Rangoon Lunatic Asylum 1898-1906 - 1898-1906
Year: 1898
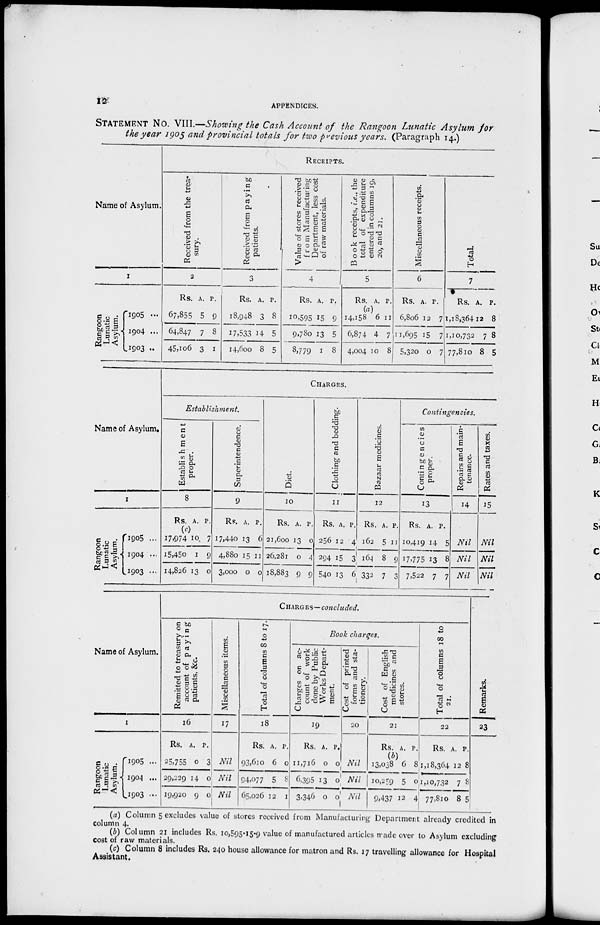
12
APPENDICES.
STATEMENT NO. VIII.—Showing the Cash Account of the Rangoon Lunatic Asylum for
the year 1905 and provincial totals for two previous years. (Paragraph 14.)
Name of Asylum.
1
Rangoon
Lunatic
Asylum.
1905 ...
1904 ...
1903 ...
RECEIPTS.
Received from the trea-
sury.
2
Rs.
67,855
64,847
45,106
A.
5
7
3
P.
9
8
1
Received from paying
patients.
3
Rs.
18,948
17,533
14,600
A.
3
14
8
P.
8
5
5
Value of stores received
from Manufacturing
Department, less cost
of raw materials.
4
Rs.
10,595
9,780
8,779
A.
15
13
1
P.
9
5
8
Book receipts, i.e., the
total of expenditure
entered in columns 19,
20, and 21.
5
Rs.
14,158
6,874
4,004
A.
6
4
10
P.
11
7
8
Miscellaneous receipts.
6
Rs.
6,806
11,695
5,320
A.
12
15
0
P.
7
7
7
Total.
7
Rs.
1,18,364
11,10,732
77,810
A.
12
7
8
P.
8
8
5
Name of Asylum.
1
Rongoon
Lunatic
Asylum.
1905 ...
1904 ...
1903 ...
CHARGES.
Establishment.
Establishment
proper.
8
Rs.
(c)
17,974
15,450
14,826
A.
10
1
13
P.
7
9
0
Superintendence.
9
Rs.
17,440
4,880
3,000
A.
13
15
0
P.
6
11
0
Diet.
10
Rs.
21 ,600
26,281
18,883
A.
13
0
9
P.
0
4
9
Clothing and bedding.
11
Rs.
256
294
540
A.
12
15
13
P.
4
3
6
Bazaar medicines.
12
Rs.
162
164
332
A.
5
8
7
P.
11
9
3
Contingencies.
Contingencies
proper.
13
Rs.
10,419
17,775
7,522
A.
14
13
7
P.
5
8
7
Repairs and main-
tenance.
14
Nil
Nil
Nil
Rates and taxes.
15
Nil
Nil
Nil
Name of Asylum.
1
Rangoon
Lunatic
Asylum.
1905 ...
1904 ...
1903 ...
CHARGES—concluded.
Remitted to treasury on
account of paying
patients, &c.
16
Rs.
25,755
29,229
19,920
A.
0
14
9
P.
3
0
0
Miscellaneous items.
17
Nil
Nil
Nil
Total of columns 8 to 17.
18
Rs.
93,610
94,077
65,026
A.
6
5
12
P.
0
8
1
Book charges.
Charges on ac-
count of work
done by Public
Works Depart-
ment.
19
Rs.
11,716
6,395
3,346
A.
0
13
0
P.
0
0
0
Cost of printed
forms and sta-
tionery.
20
Nil
Nil
Nil
Cost of English
medicines and
stores.
21
Rs.
(b)
13,038
10,259
9,437
A.
6
5
12
P.
8
0
4
Total of columns 18 to
21.
22
Rs.
1,18,364
1,10,732
77,810
A.
12
7
8
P.
8
8
5
Remarks.
23
(a) Column 5 excludes value of stores received from Manufacturing Department already credited in
column 4.
(b) Column 21 includes Rs. 10,595-15-9 value of manufactured articles trade over to Asylum excluding
cost of raw materials.
(c) Column 8 includes Rs. 240 house allowance for matron and Rs. 17 travelling allowance for Hospital
Assistant.